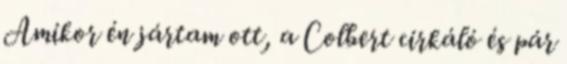
Amikor én jártam ott, a Colbert cirkáló és pár